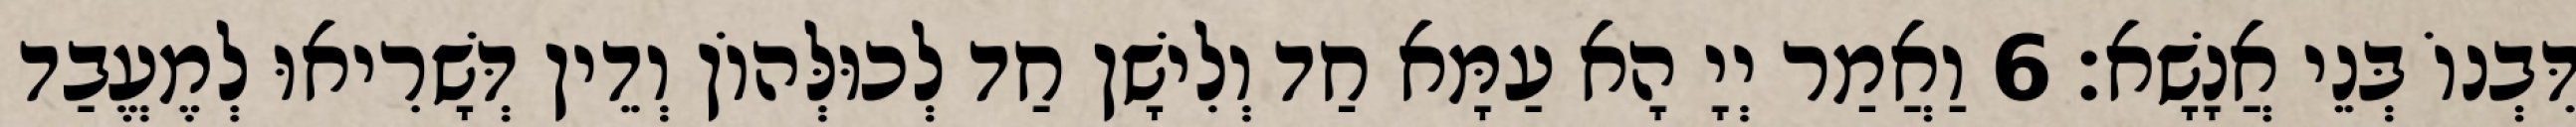
דִּבְנוֹ בְּנֵי אֲנָשָׁא׃ 6 וַאֲמַר יְיָ הָא עַמָּא חַד וְלִישָׁן חַד לְכוּלְּהוֹן וְדֵין דְּשָׁרִיאוּ לְמֶעֱבַד